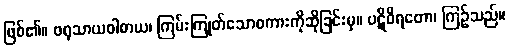
ဖြစ်၏။ ဖရုသာယဝါစာယ၊ ကြမ်းကြုတ်သောစကားကိုဆိုခြင်းမှ။ ပဋိဝိရတော၊ ကြဉ်သည်။